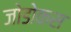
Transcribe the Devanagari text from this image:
जोडोकस